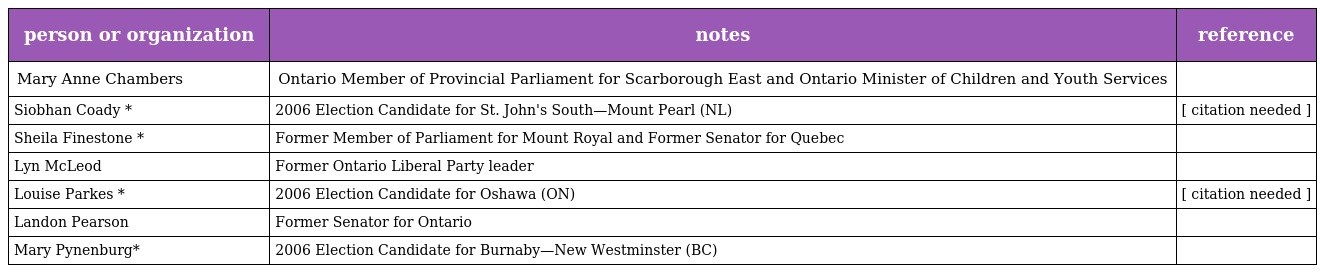
| person or organization | notes | reference |
 | --- | --- | --- |
 | Mary Anne Chambers | Ontario Member of Provincial Parliament for Scarborough East and Ontario Minister of Children and Youth Services |  |
 | Siobhan Coady * | 2006 Election Candidate for St. John's South—Mount Pearl (NL) | [ citation needed ] |
 | Sheila Finestone * | Former Member of Parliament for Mount Royal and Former Senator for Quebec |  |
 | Lyn McLeod | Former Ontario Liberal Party leader |  |
 | Louise Parkes * | 2006 Election Candidate for Oshawa (ON) | [ citation needed ] |
 | Landon Pearson | Former Senator for Ontario |  |
 | Mary Pynenburg* | 2006 Election Candidate for Burnaby—New Westminster (BC) |  |